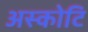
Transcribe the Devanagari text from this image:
अस्कोटि